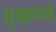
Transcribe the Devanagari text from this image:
मुखाकडे